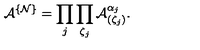
{ \mathcal A } ^ { \{ { \mathcal N } \} } = \prod _ { j } \prod _ { \zeta _ { j } } { \mathcal A } _ { ( \zeta _ { j } ) } ^ { \alpha _ { j } } .